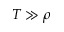
T \gg \rho